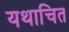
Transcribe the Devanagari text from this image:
यथाचित